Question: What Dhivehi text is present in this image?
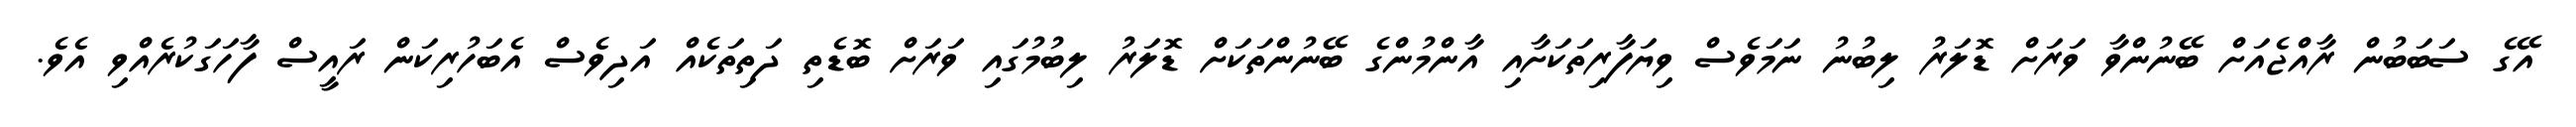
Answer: އޭގެ ސަބަބުން ރާއްޖެއަށް ބޭނުންވާ ވަރަށް ޑޮލަރު ލިބުނު ނަމަވެސް ވިޔަފާރިތަކަށާއި އާންމުންގެ ބޭނުންތަކަށް ޑޮލަރު ލިބުމުގައި ވަރަށް ބޮޑެތި ދަތިތަކެއް އަދިވެސް އެބަހުރިކަން ރައީސް ފާހަގަކުރެއްވި އެވެ.